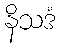
နိသဒံ